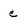
Character: c